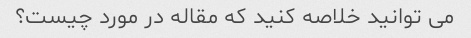
می توانید خلاصه کنید که مقاله در مورد چیست؟